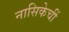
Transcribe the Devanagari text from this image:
नासिकेचीं